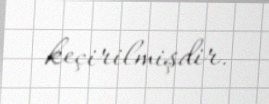
keçirilmişdir.